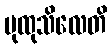
ပုထုသိလေတိ